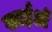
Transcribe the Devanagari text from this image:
खाईओं